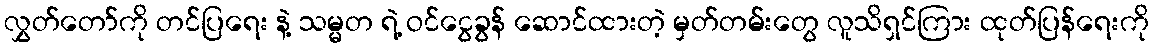
လွှတ်တော်ကို တင်ပြရေး နဲ့ သမ္မတ ရဲ့ ဝင်ငွေခွန် ဆောင်ထားတဲ့ မှတ်တမ်းတွေ လူသိရှင်ကြား ထုတ်ပြန်ရေးကို